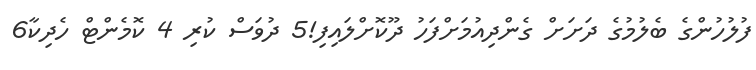
ފުލުހުންގެ ބެލުމުގެ ދަށަށް ގެންދިއުމަށްފަހު ދޫކޮށްލައިފި!5 ދުވަސް ކުރި 4 ކޮމެންޓް ހެދިކާ6